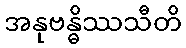
အနုဗန္ဓိဿသီတိ